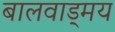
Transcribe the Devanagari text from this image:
बालवाड्मय